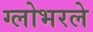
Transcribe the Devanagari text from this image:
ग्लोभरले